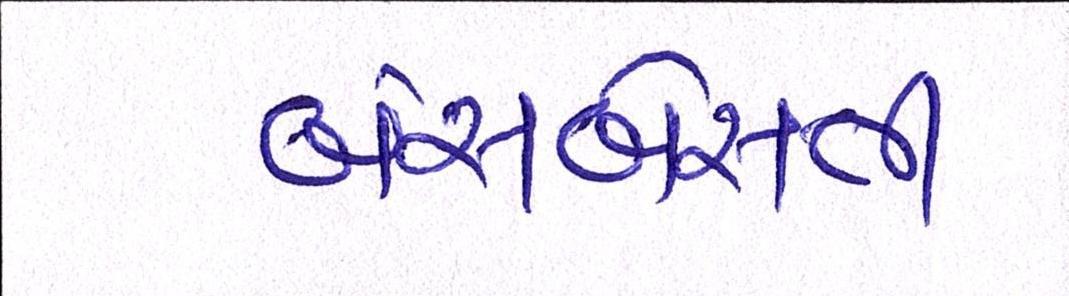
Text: બંસબેસતી